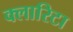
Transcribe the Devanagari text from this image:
क्लारिटा